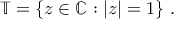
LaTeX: \mathbb { T } = \{ z \in \mathbb { C } : | z | = 1 \} ~ .